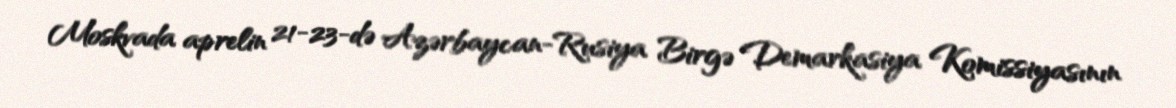
Moskvada aprelin 21-23-də Azərbaycan-Rusiya Birgə Demarkasiya Komissiyasının